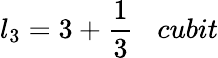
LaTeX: l_{3}=3+{\frac{1}{3}}\; \; \; cubit